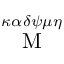
\stackrel { \kappa \alpha \delta \psi \mu \eta } { \mathrm { M } }